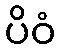
ပိဝံ